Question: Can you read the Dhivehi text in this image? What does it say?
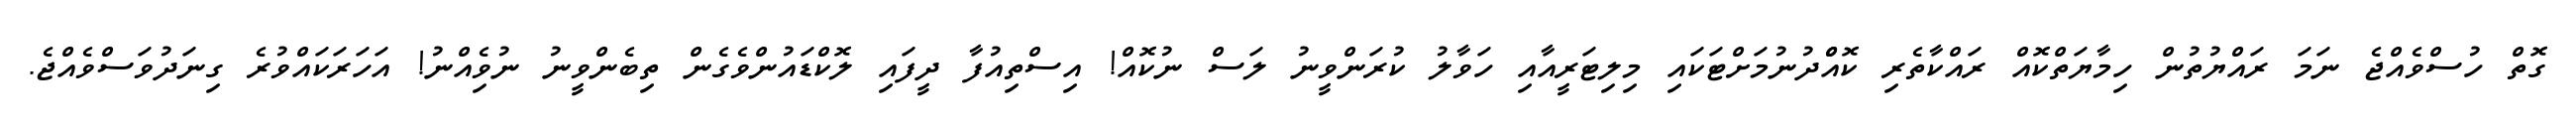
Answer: ގޮތް ހުސްވެއްޖެ ނަމަ ރައްޔުތުން ހިމާޔަތްކޮއް ރައްކާތެރި ކޮއްްދުނުމަށްޓަކައި މިލިޓަރީއާއި ހަވާލު ކުރަންވީނު ލަސް ނުކޮއް! އިސްތިއުފާ ދީފައި ލޮކްޑައުންވެގެން ތިބެންވީނު ނުވިެއްނު! އަހަރަކައްވުރެ ގިނަދުވަސްވެއްޖެ.